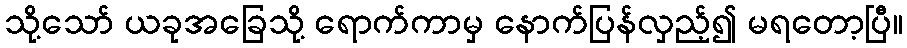
သို့သော် ယခုအခြေသို့ ရောက်ကာမှ နောက်ပြန်လှည့်၍ မရတော့ပြီ။